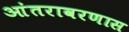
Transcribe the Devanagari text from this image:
आंतरावरणास